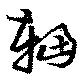
輻